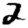
Digit: 2